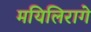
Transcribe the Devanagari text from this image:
मयिलिरागे